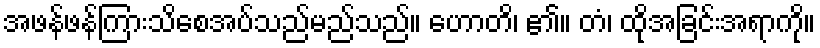
အဖန်ဖန်ကြားသိစေအပ်သည်မည်သည်။ ဟောတိ၊ ၏။ တံ၊ ထိုအခြင်းအရာကို။